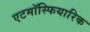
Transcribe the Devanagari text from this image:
एटमॉस्फियारिक